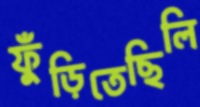
ফুঁড়িতেছিলি